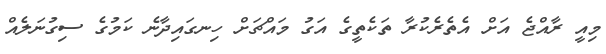
މިއީ ރާއްޖެ އަށް އެތެރެކުރާ ތަކެތީގެ އަގު މައްޗަށް ހިނގައިދާނެ ކަމުގެ ސިގުނަލެއް